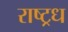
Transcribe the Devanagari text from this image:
राष्ट्रध